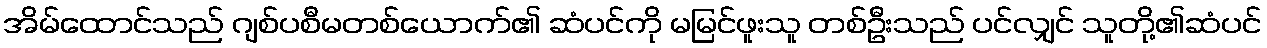
အိမ်ထောင်သည် ဂျစ်ပစီမတစ်ယောက်၏ ဆံပင်ကို မမြင်ဖူးသူ တစ်ဦးသည် ပင်လျှင် သူတို့၏ဆံပင်